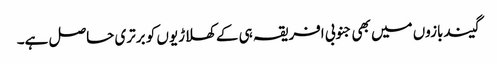
گیندبازوں میں بھی جنوبی افریقہ ہی کے کھلاڑیوں کو برتری حاصل ہے۔